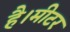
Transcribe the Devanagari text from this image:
है।मीटर